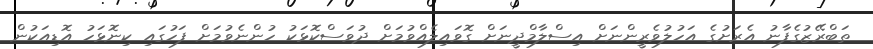
ތަބްރޭޒުގެފާނު އެރަށުގެ އަހުލުވެރީންނަށް އިސްލާމްދީނަށް ގޮވައިލެއްވުމަށް ދުވަސްކޮޅަކު ހުންނެވުމަށް ފަހުގައި ކިނޮޅަހު އޮޑިއަކުން